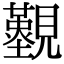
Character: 𧢚